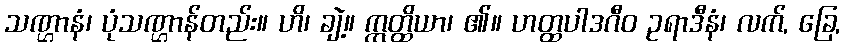
သဏ္ဌာနံ၊ ပုံသဏ္ဌာန်တည်း။ ဟိ၊ ချဲ့။ ဣတ္ထိယာ၊ ၏။ ဟတ္ထပါဒဂီဝ ဥရာဒီနံ၊ လက်, ခြေ,